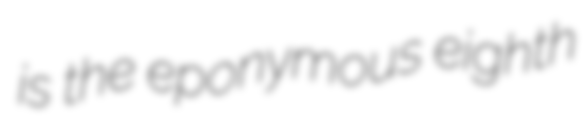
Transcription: is the eponymous eighth